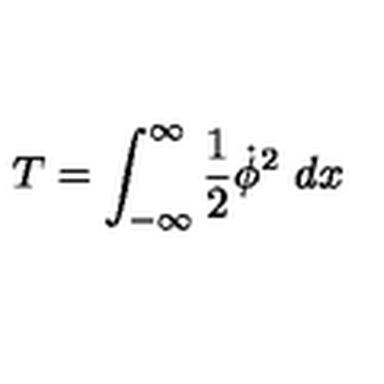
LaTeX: T = \int _ { - \infty } ^ { \infty } { \frac { 1 } { 2 } } \dot { \phi } ^ { 2 } \ d x